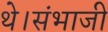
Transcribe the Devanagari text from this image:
थे।संभाजी